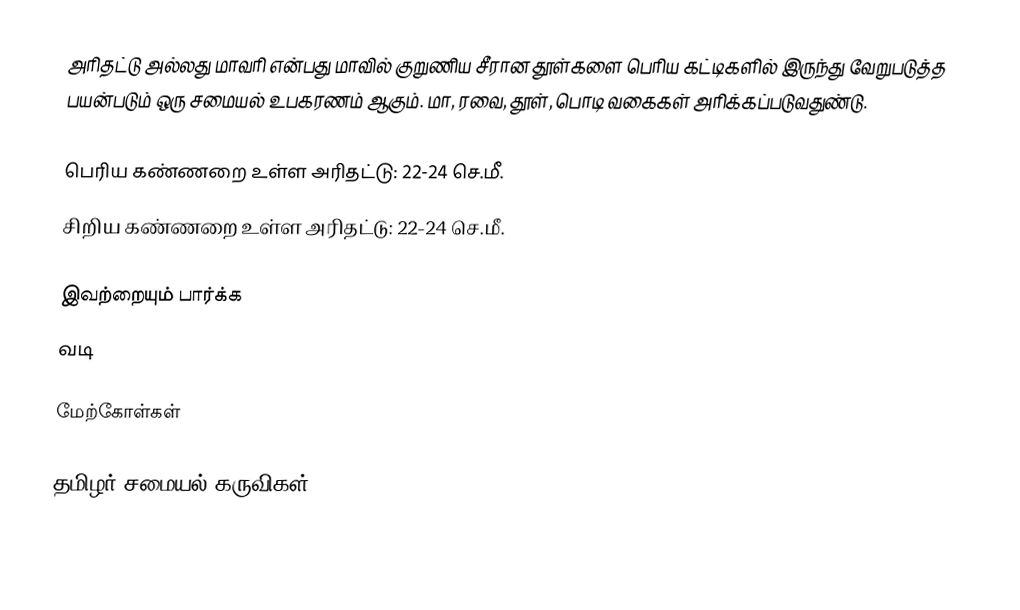
அரிதட்டு அல்லது மாவரி என்பது மாவில் குறுணிய சீரான தூள்களை பெரிய கட்டிகளில் இருந்து வேறுபடுத்த பயன்படும் ஒரு சமையல் உபகரணம் ஆகும்.  மா, ரவை, தூள், பொடி வகைகள் அரிக்கப்படுவதுண்டு.

 பெரிய கண்ணறை உள்ள அரிதட்டு: 22-24 செ.மீ.
 சிறிய கண்ணறை உள்ள அரிதட்டு: 22-24 செ.மீ.

இவற்றையும் பார்க்க
 வடி

மேற்கோள்கள்

தமிழர் சமையல் கருவிகள்